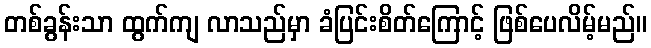
တစ်ခွန်းသာ ထွက်ကျ လာသည်မှာ ခံပြင်းစိတ်ကြောင့် ဖြစ်ပေလိမ့်မည်။